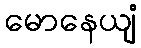
မောနေယျံ